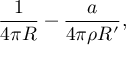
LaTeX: { \frac { 1 } { 4 \pi R } } - { \frac { a } { 4 \pi \rho R ^ { \prime } } } ,